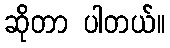
ဆိုတာ ပါတယ်။